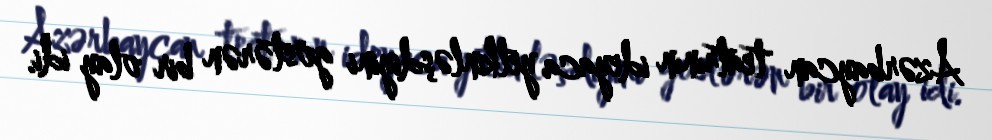
Azərbaycan teatrının ideyaca yetkinləşdiyini göstərən bir olay idi.